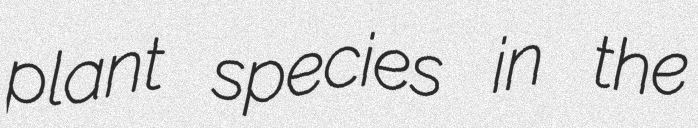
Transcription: plant species in the